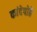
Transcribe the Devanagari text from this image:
कांदेपोहे